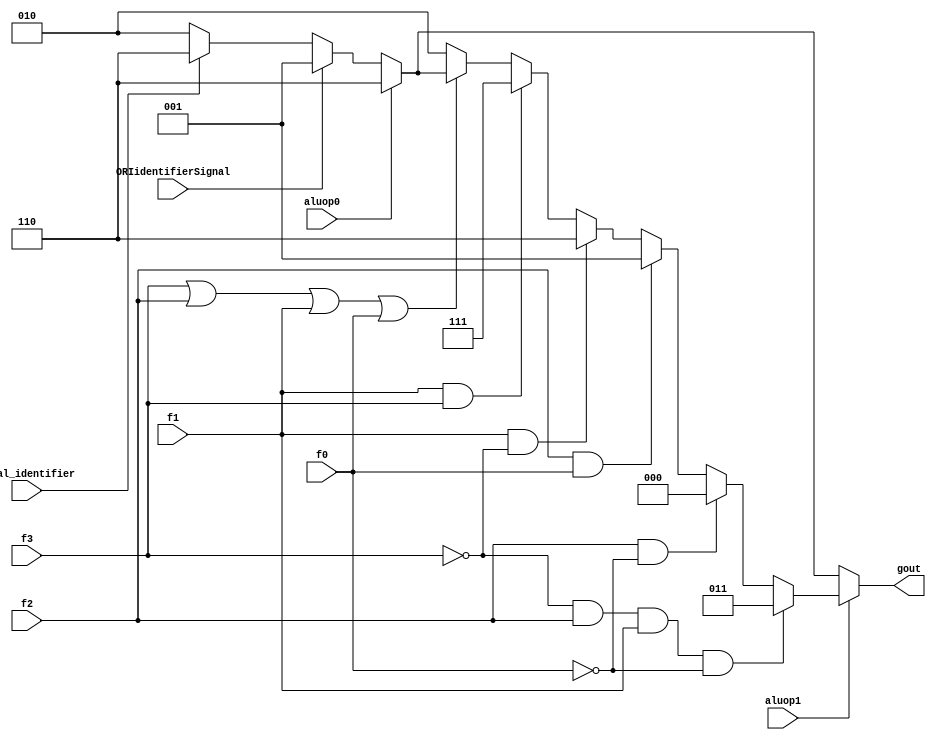
module alucont(aluop1,aluop0,f3,f2,f1,f0,ORIidentifierSignal,bneal_identifier,gout);//Figure 4.12 
input aluop1,aluop0,f3,f2,f1,f0,ORIidentifierSignal,bneal_identifier;
output [2:0] gout;
reg [2:0] gout;
always @(aluop1 or aluop0 or f3 or f2 or f1 or f0)
begin
/*if(~(aluop1|aluop0))begin
	if(ORIidentifierSignal)
		gout=3'b001;
	else if(bneal_identifier)
		gout=3'b110;
	else
		gout=3'b010;
	//
end*/
gout=ORIidentifierSignal ? 3'b001:(bneal_identifier ? 3'b110:3'b010);
if(aluop0)gout=3'b110;//01
if(aluop1)//R-type//10
begin
	if (~(f3|f2|f1|f0))gout=3'b010; 	//function code=0000,ALU control=010 (add)
	if (f1&f3)gout=3'b111;			//function code=1x1x,ALU control=111 (set on less than)
	if (f1&~(f3))gout=3'b110;		//function code=0x10,ALU control=110 (sub)
	if (f2&f0)gout=3'b001;			//function code=x1x1,ALU control=001 (or)
	if (f2&~(f0))gout=3'b000;		//function code=x1x0,ALU control=000 (and)
	if((~f3)&f2&f1&(~f0))gout=3'b011;	//function code=0110,ALU control=011 (shift right)
end
end
endmodule